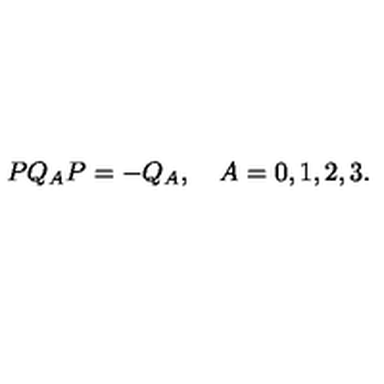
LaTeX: P Q _ { A } P = - Q _ { A } , \quad A = 0 , 1 , 2 , 3 .